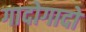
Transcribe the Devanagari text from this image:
गादोगादो